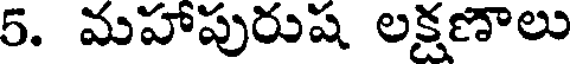
5. మహాపురుష లక్షణాలు